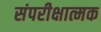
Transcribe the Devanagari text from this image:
संपरीक्षात्मक